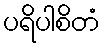
ပရိပါစိတံ